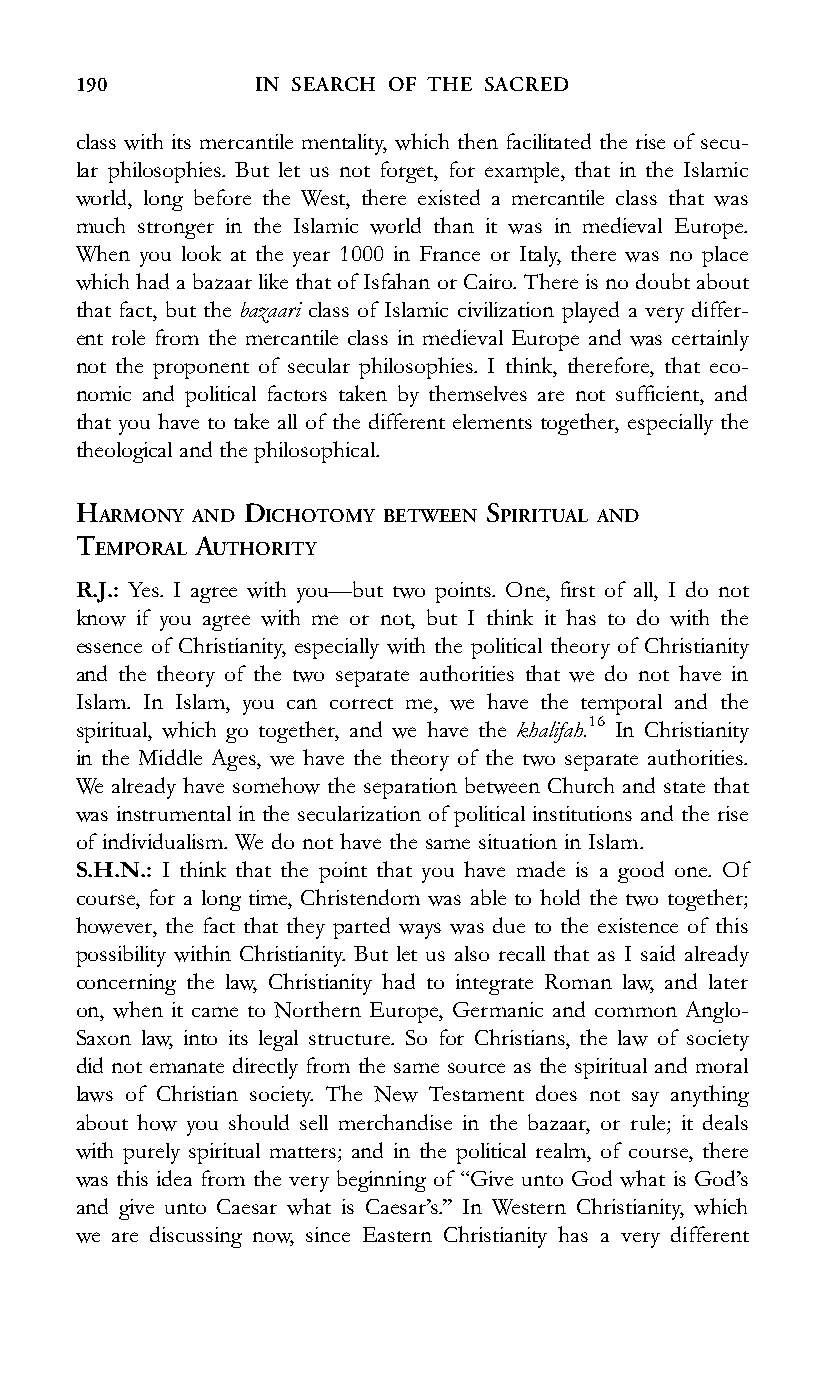
190         IN SEARCH OF THE SACRED
 class with its mercantile mentality, which then facilitated the rise of secu-
 lar philosophies. But let us not forget, for example, that in the Islamic
 world, long before the West, there existed a mercantile class that was
 much stronger in the Islamic world than it was in medieval Europe.
 When you look at the year 1000 in France or Italy, there was no place
 which had a bazaar like that of Isfahan or Cairo. There is no doubt about
 that fact, but the bazaari class of Islamic civilization played a very differ-
 ent role from the mercantile class in medieval Europe and was certainly
 not the proponent of secular philosophies. I think, therefore, that eco-
 nomic and political factors taken by themselves are not sufficient, and
 that you have to take all of the different elements together, especially the
 theological and the philosophical.
 HARMONY AND DICHOTOMY BETWEEN SPIRITUAL AND
 TEMPORAL AUTHORITY
 R.J.: Yes. I agree with you—but two points. One, first of all, I do not
 know if you agree with me or not, but I think it has to do with the
 essence of Christianity, especially with the political theory of Christianity
 and the theory of the two separate authorities that we do not have in
 Islam. In Islam, you can correct me, we have the temporal and the
 spiritual, which go together, and we have the khalifah.16 In Christianity
 in the Middle Ages, we have the theory of the two separate authorities.
 We already have somehow the separation between Church and state that
 was instrumental in the secularization of political institutions and the rise
 of individualism. We do not have the same situation in Islam.
 S.H.N.: I think that the point that you have made is a good one. Of
 course, for a long time, Christendom was able to hold the two together;
 however, the fact that they parted ways was due to the existence of this
 possibility within Christianity. But let us also recall that as I said already
 concerning the law, Christianity had to integrate Roman law, and later
 on, when it came to Northern Europe, Germanic and common Anglo-
 Saxon law, into its legal structure. So for Christians, the law of society
 did not emanate directly from the same source as the spiritual and moral
 laws of Christian society. The New Testament does not say anything
 about how you should sell merchandise in the bazaar, or rule; it deals
 with purely spiritual matters; and in the political realm, of course, there
 was this idea from the very beginning of ‘‘Give unto God what is God’s
 and give unto Caesar what is Caesar’s.’’ In Western Christianity, which
 we are discussing now, since Eastern Christianity has a very different